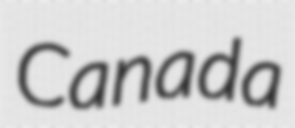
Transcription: Canada